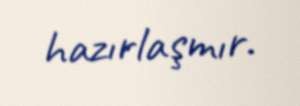
hazırlaşmır.